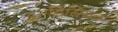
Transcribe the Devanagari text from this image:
इनडिसिजन